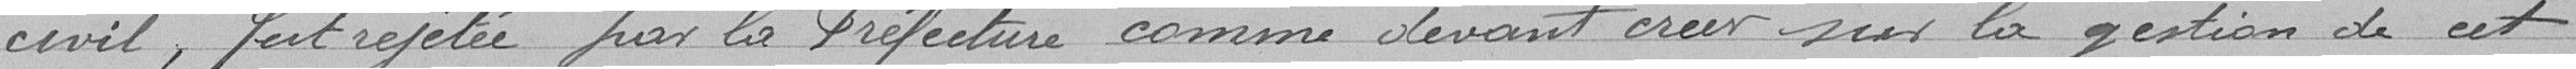
civil, fut rejetée par la Préfecture comme devant créer sur la question de cet